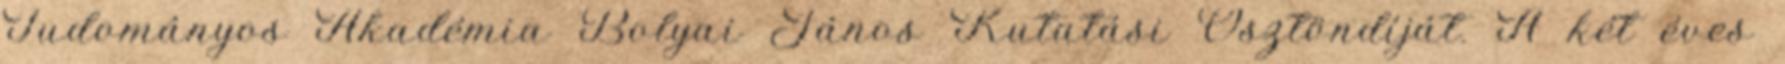
Tudományos Akadémia Bolyai János Kutatási Ösztöndíját. A két éves